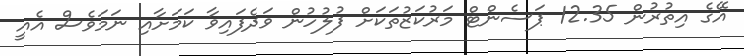
އޭގެ އިތުރުން 12.35 ޕަސެންޓް މަރުކަޒުތަކަށް ފުލުހުން ވަދެފައިވާ ކަމަށާއި ނަމަވެސް އެއީ